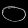
Digit: ၀